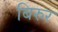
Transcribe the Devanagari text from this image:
बिरुर